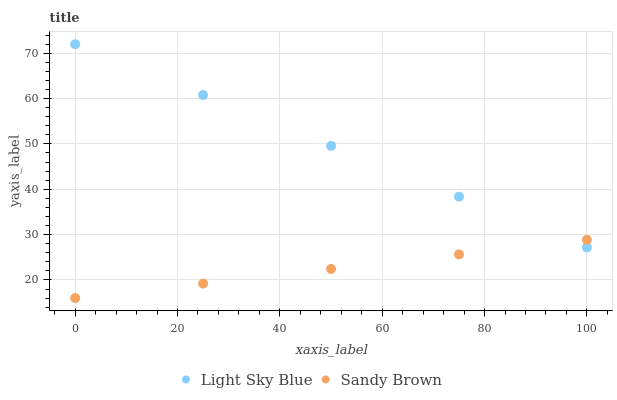
| xaxis_label | Light Sky Blue | Sandy Brown |
 | --- | --- | --- |
 | 0 | 72 | 16 |
 | 25 | 60.8 | 19.2 |
 | 50 | 49.6 | 22.4 |
 | 75 | 38.4 | 25.6 |
 | 100 | 27.2 | 28.8 |